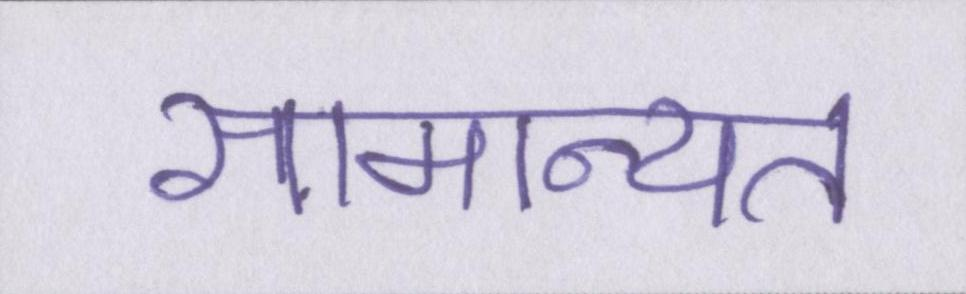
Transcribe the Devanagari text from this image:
सामान्यत